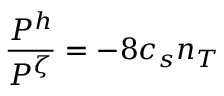
{ \frac { P ^ { h } } { P ^ { \zeta } } = - 8 } c _ { s } n _ { T }